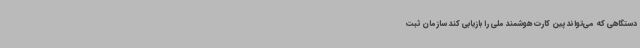
دستگاهی که می‌تواند پین کارت هوشمند ملی را بازیابی کند سازمان ثبت